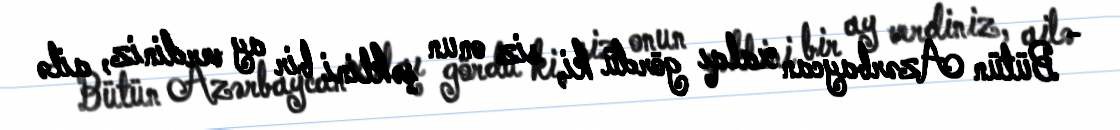
- Bütün Azərbaycan xalqı gördü ki, siz onun şəklini bir ay verdiniz, ailə